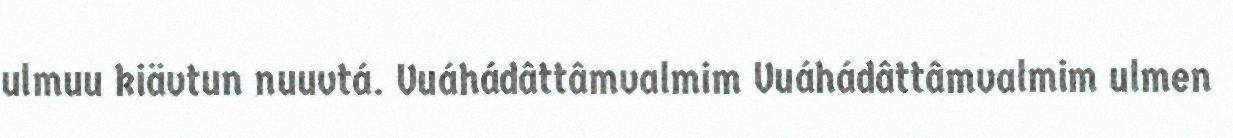
ulmuu kiävtun nuuvtá. Vuáhádâttâmvalmim Vuáhádâttâmvalmim ulmen